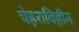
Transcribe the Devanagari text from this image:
चेहराविहीन